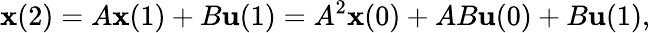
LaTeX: {\textbf{x}}(2)=A{\textbf{x}}(1)+B{\textbf{u}}(1)=A^{2}{\textbf{x}}(0)+AB{\textbf{u}}(0)+B{\textbf{u}}(1),